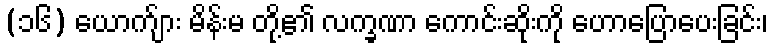
(၁၆) ယောက်ျား မိန်းမ တို့၏ လက္ခဏာ ကောင်းဆိုးကို ဟောပြောပေးခြင်း၊